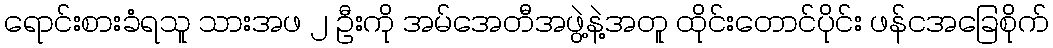
ရောင်းစားခံရသူ သားအဖ ၂ ဦးကို အမ်အေတီအဖွဲ့နဲ့အတူ ထိုင်းတောင်ပိုင်း ဖန်ငအခြေစိုက်